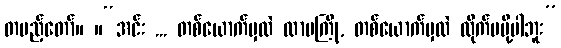
တပည့်တော်။ ။“အင်း ... တစ်ယောက်မှလဲ လာမကြို, တစ်ယောက်မှလဲ လိုက်မပို့ပါဘူး”